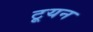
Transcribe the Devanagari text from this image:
टूयन